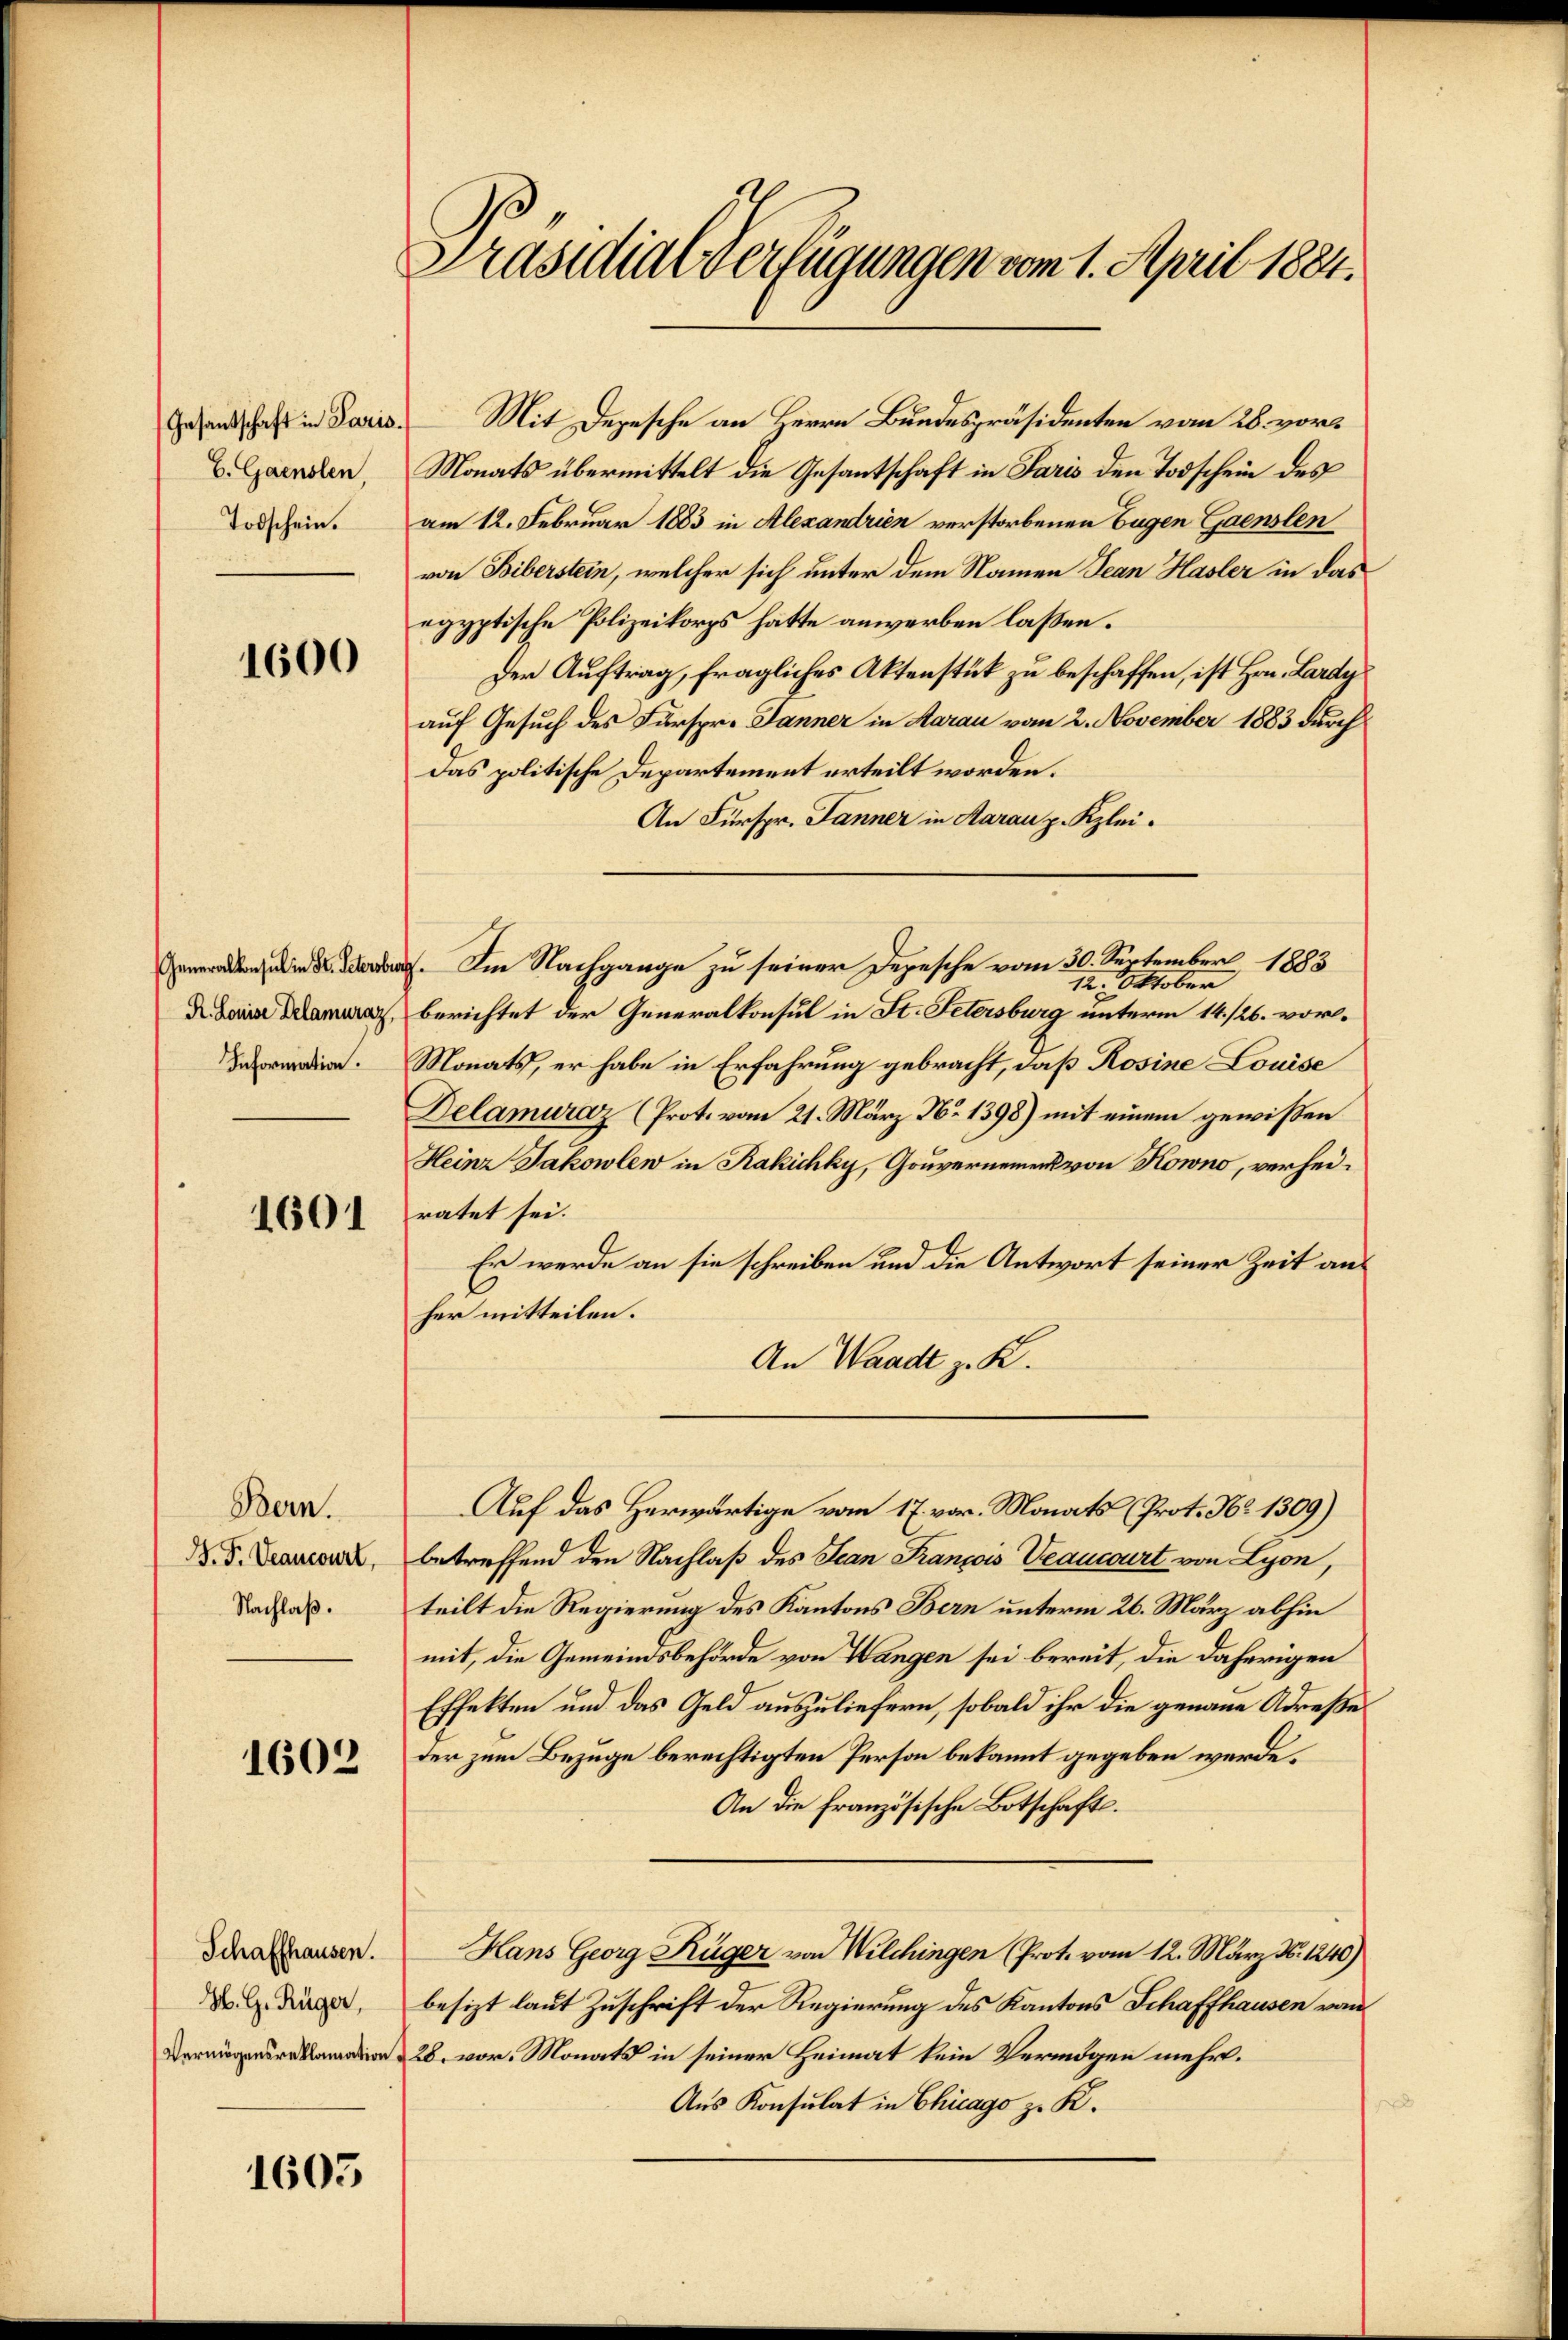
b. Gaenslen,
Todschein.

1600

Generalkonsul in St. Petersbror
R. Louise Delamuraz
Information.

1601

Bern.
J. F. Veancourt,
Nachlaß.

1602

Schaffhausen.
H. G. Rüger,
Vermögensreklamation

1605

Präsidial-Verfügungen vom 1. April 1884.

Gesandschaft in Paris. Mit Depesche an Herrn Bundespräsidenten vom 28. vor
Monats übermittelt die Gesantschaft in Paris den Todschein des
am 12. Februar 1883 in Alexandrien verstorbenen Eugen Gaenslen
von Biberstein, welcher sich unter dem Namen Jean Hasler in das
egyptische Polizeikorps hätte anwerben laßen.
Der Auftrag, fragliches Aktenstück zu beschaffen, ist Hrn. Lardy
auf Gesuch des Fürspr. Janner in Aarau vom 2. November 1883 durch
Das politische Departement erteilt worden.
An Fürspr. Jänner in Aarau p. Klei¬
(Im Nachgange zu seiner Depesche vom 30. September 1883
12. Oktober
berichtet der Generalkonsul in St. Petersburg unterm 14. /26. vor¬
Monats, er habe in Erfahrung gebracht, daß Rosine Louise
Delamuraz (Prot. vom 21. März N. 1398) mit einem gewißen
Heinz Jakowlew in Kakichky, Gouvernement von Kowno, verheiratet sei.
Er werde an sie schreiben und die Antwort seiner Zeit anl
her mitteilen.
An Waadt z. K.
Auf das Herwärtige vom 17. vor. Monats (Prot. No 1309)
betreffend den Nachlaß des Jean François Veaucourt von Lyon,
teilt die Regierung des Kantons Bern unterm 26. März abhin
mit, die Gemeindsbehörde von Wangen sei bereit, die daherigen
Effekten und das Geld auszuliefern, sobald ihr die genaue Adreßeder zum Bezuge berechtigten Person bekannt gegeben werde.
An die französische Botschaft.
Hans Georg Rüger von Wilchingen (Prot. vom 12. März N. 1240)
besizt laut Zuschrift der Regierung des Kantons Schaffhausen von
28. vor. Monats in seiner Heimat kein Vermögen mehr.
Aus Konsulat in Chicago z. K.